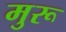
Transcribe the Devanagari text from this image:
मुरू